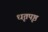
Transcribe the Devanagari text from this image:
धृतपृष्ठ